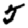
Digit: 5